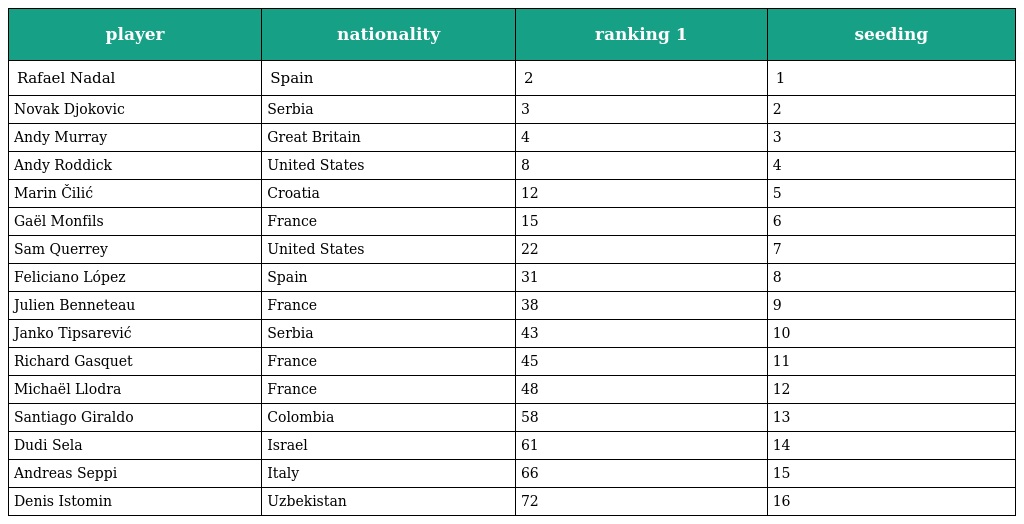
| player | nationality | ranking 1 | seeding |
 | --- | --- | --- | --- |
 | Rafael Nadal | Spain | 2 | 1 |
 | Novak Djokovic | Serbia | 3 | 2 |
 | Andy Murray | Great Britain | 4 | 3 |
 | Andy Roddick | United States | 8 | 4 |
 | Marin Čilić | Croatia | 12 | 5 |
 | Gaël Monfils | France | 15 | 6 |
 | Sam Querrey | United States | 22 | 7 |
 | Feliciano López | Spain | 31 | 8 |
 | Julien Benneteau | France | 38 | 9 |
 | Janko Tipsarević | Serbia | 43 | 10 |
 | Richard Gasquet | France | 45 | 11 |
 | Michaël Llodra | France | 48 | 12 |
 | Santiago Giraldo | Colombia | 58 | 13 |
 | Dudi Sela | Israel | 61 | 14 |
 | Andreas Seppi | Italy | 66 | 15 |
 | Denis Istomin | Uzbekistan | 72 | 16 |